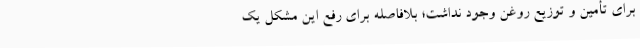
برای تأمین و توزیع روغن وجود نداشت؛ بلافاصله برای رفع این مشکل یک